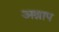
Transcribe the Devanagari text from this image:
अश्राप